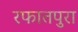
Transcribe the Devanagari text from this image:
रफातपुरा